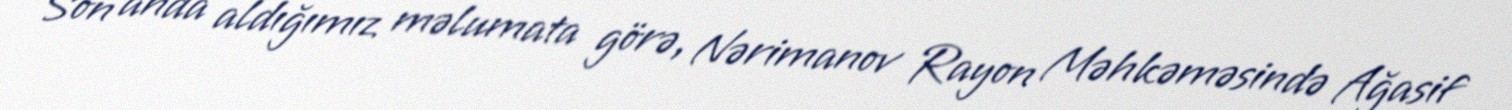
Son anda aldığımız məlumata görə, Nərimanov Rayon Məhkəməsində Ağasif